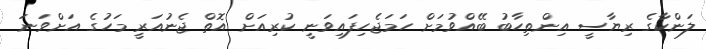
ލަންކާގެ ރިޔާސީ އިންތިހާބު ބޭއްވުމަށް ހަމަޖެހިފައިވަނީ ކުރިއަށް އޮތް ޖެނުއަރީ މަހުގެ އަށްވަނަ